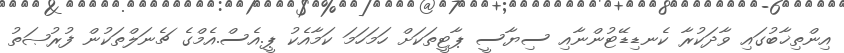
އިންތިޚާބުގައި ވާދަކުރާ ކެނޑިޑޭޓުންނާއި ސިޔާސީ ޕާޓީތަކަށް ހަމަހަމަ ކަމާއެކު ޕީ.އެސް.އެމްގެ ޗެނަލްތަކުން ފުރުޞަތު